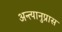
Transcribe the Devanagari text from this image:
अन्त्यानुप्रास